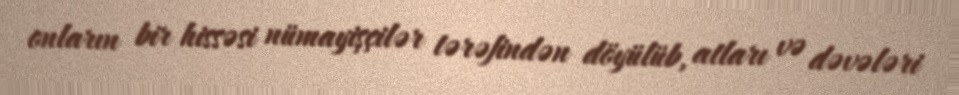
onların bir hissəsi nümayişçilər tərəfindən döyülüb, atları və dəvələri